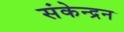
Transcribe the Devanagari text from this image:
संकेन्द्रन